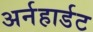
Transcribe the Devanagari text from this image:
अर्नहार्डट